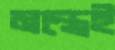
মন্ত্রেই